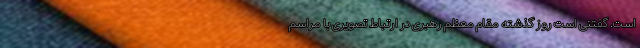
است. گفتنی است روز گذشته مقام معظم رهبری در ارتباط تصویری با مراسم